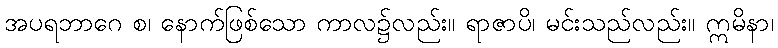
အပရဘာဂေ စ၊ နောက်ဖြစ်သော ကာလ၌လည်း။ ရာဇာပိ၊ မင်းသည်လည်း။ ဣမိနာ၊